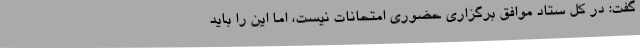
گفت: در کل ستاد موافق برگزاری حضوری امتحانات نیست، اما این را باید